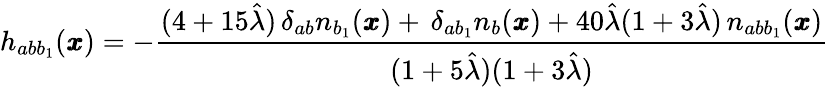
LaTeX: h_{abb_{1}}({\pmb x})=-\frac{(4+15\hat{\lambda})\, \delta_{ab}n_{b_{1}}({\pmb x})+\, \delta_{ab_{1}}n_{b}({\pmb x})+40\hat{\lambda}(1+3\hat{\lambda})\, n_{abb_{1}}({\pmb x})}{(1+5\hat{\lambda})(1+3\hat{\lambda})}